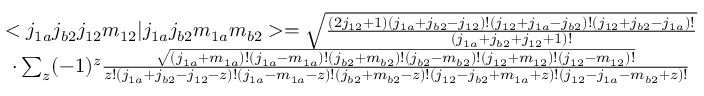
\begin{array} { c c } { < j _ { 1 a } j _ { b 2 } j _ { 1 2 } m _ { 1 2 } | j _ { 1 a } j _ { b 2 } m _ { 1 a } m _ { b 2 } > = \sqrt { \frac { ( 2 j _ { 1 2 } + 1 ) ( j _ { 1 a } + j _ { b 2 } - j _ { 1 2 } ) ! ( j _ { 1 2 } + j _ { 1 a } - j _ { b 2 } ) ! ( j _ { 1 2 } + j _ { b 2 } - j _ { 1 a } ) ! } { ( j _ { 1 a } + j _ { b 2 } + j _ { 1 2 } + 1 ) ! } } } \\ { \cdot \sum _ { z } ( - 1 ) ^ { z } \frac { \sqrt { ( j _ { 1 a } + m _ { 1 a } ) ! ( j _ { 1 a } - m _ { 1 a } ) ! ( j _ { b 2 } + m _ { b 2 } ) ! ( j _ { b 2 } - m _ { b 2 } ) ! ( j _ { 1 2 } + m _ { 1 2 } ) ! ( j _ { 1 2 } - m _ { 1 2 } ) ! } } { z ! ( j _ { 1 a } + j _ { b 2 } - j _ { 1 2 } - z ) ! ( j _ { 1 a } - m _ { 1 a } - z ) ! ( j _ { b 2 } + m _ { b 2 } - z ) ! ( j _ { 1 2 } - j _ { b 2 } + m _ { 1 a } + z ) ! ( j _ { 1 2 } - j _ { 1 a } - m _ { b 2 } + z ) ! } } \end{array}